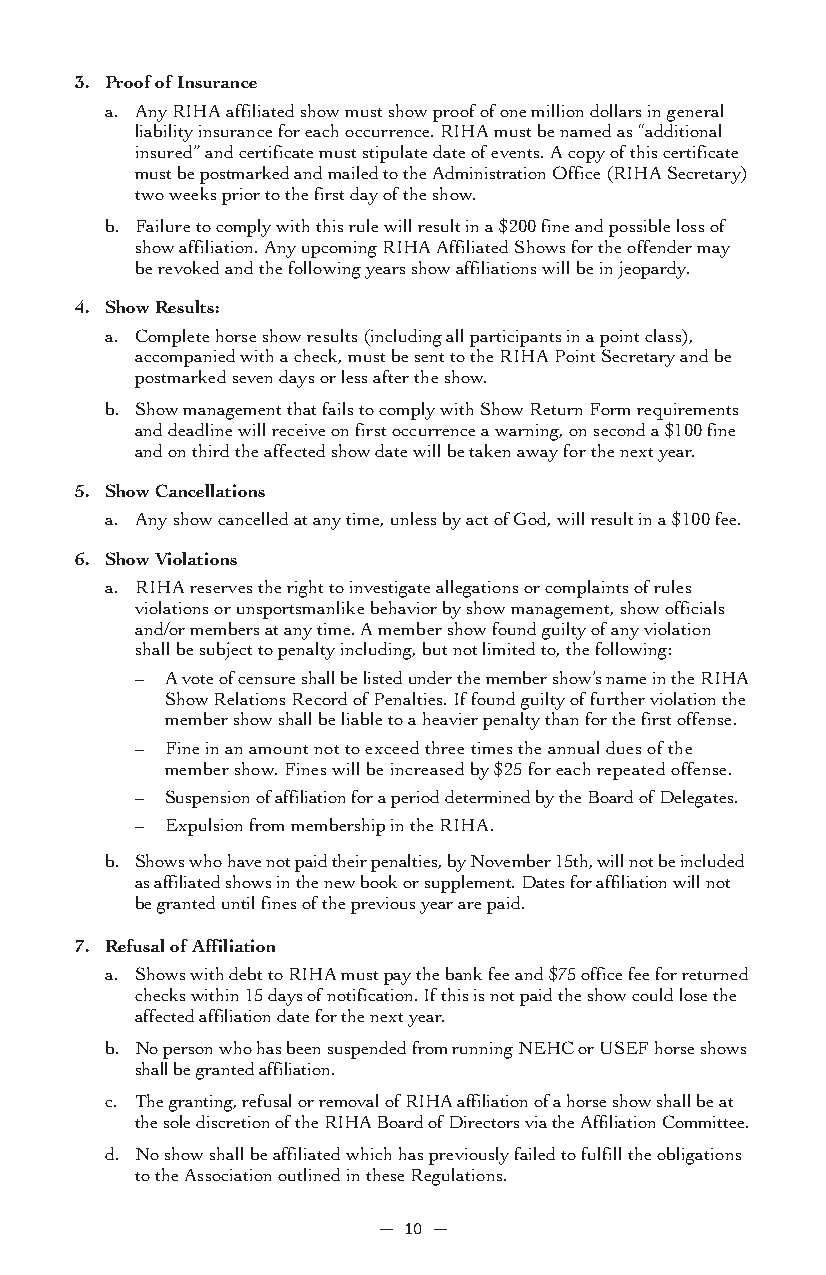
3. Proof of Insurance
 a. Any RIHA affiliated show must show proof of one million dollars in general
 liability insurance for each occurrence. RIHA must be named as “additional
 insured” and certificate must stipulate date of events. A copy of this certificate
 must be postmarked and mailed to the Administration Office (RIHA Secretary)
 two weeks prior to the first day of the show.
 b. Failure to comply with this rule will result in a $200 fine and possible loss of
 show affiliation. Any upcoming RIHA Affiliated Shows for the offender may
 be revoked and the following years show affiliations will be in jeopardy.
 4. Show Results:
 a. Complete horse show results (including all participants in a point class),
 accompanied with a check, must be sent to the RIHA Point Secretary and be
 postmarked seven days or less after the show.
 b. Show management that fails to comply with Show Return Form requirements
 and deadline will receive on first occurrence a warning, on second a $100 fine
 and on third the affected show date will be taken away for the next year.
 5. Show Cancellations
 a. Any show cancelled at any time, unless by act of God, will result in a $100 fee.
 6. Show Violations
 a. RIHA reserves the right to investigate allegations or complaints of rules
 violations or unsportsmanlike behavior by show management, show officials
 and/or members at any time. A member show found guilty of any violation
 shall be subject to penalty including, but not limited to, the following:
 – A vote of censure shall be listed under the member show’s name in the RIHA
 Show Relations Record of Penalties. If found guilty of further violation the
 member show shall be liable to a heavier penalty than for the first offense.
 – Fine in an amount not to exceed three times the annual dues of the
 member show. Fines will be increased by $25 for each repeated offense.
 – Suspension of affiliation for a period determined by the Board of Delegates.
 – Expulsion from membership in the RIHA.
 b. Shows who have not paid their penalties, by November 15th, will not be included
 as affiliated shows in the new book or supplement. Dates for affiliation will not
 be granted until fines of the previous year are paid.
 7. Refusal of Affiliation
 a. Shows with debt to RIHA must pay the bank fee and $75 office fee for returned
 checks within 15 days of notification. If this is not paid the show could lose the
 affected affiliation date for the next year.
 b. No person who has been suspended from running NEHC or USEF horse shows
 shall be granted affiliation.
 c. The granting, refusal or removal of RIHA affiliation of a horse show shall be at
 the sole discretion of the RIHA Board of Directors via the Affiliation Committee.
 d. No show shall be affiliated which has previously failed to fulfill the obligations
 to the Association outlined in these Regulations.
 — 10 —